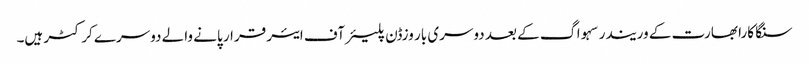
سنگا کارا بھارت کے وریندر سہواگ کے بعد دوسری بار وزڈن پلیئرآف ایئر قرار پانے والے دوسرے کرکٹر ہیں۔